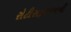
રોટીસફરજનની